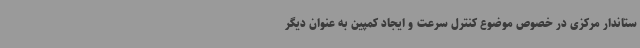
ستاندار مرکزی در خصوص موضوع کنترل سرعت و ایجاد کمپین به عنوان دیگر